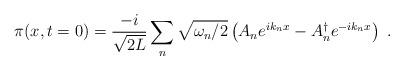
LaTeX: \begin{align*}\pi (x, t=0) = \frac{-i}{\sqrt{2L}} \sum_n \sqrt{ \omega_n / 2} \left( A_n e^{i k_n x} - A_n^\dagger e^{-i k_n x} \right) \; .\end{align*}